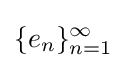
\{e_{n}\}_{n=1}^{\infty }